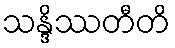
သန္ဒိဿတီတိ